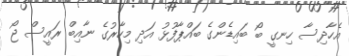
އެހާދިސާ ހިނގީ ބޯ ބައިޑެންގެ ބައްޕާފުޅު އަދި މިހާރުގެ ނާއިބް ރައީސް ޖޯ